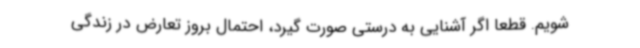
شویم. قطعا اگر آشنایی به درستی صورت گیرد، احتمال بروز تعارض در زندگی